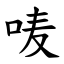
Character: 唛